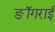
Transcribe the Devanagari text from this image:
ङॉगराई